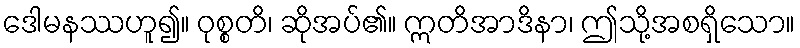
ဒေါမနဿဟူ၍။ ဝုစ္စတိ၊ ဆိုအပ်၏။ ဣတိအာဒိနာ၊ ဤသို့အစရှိသော။